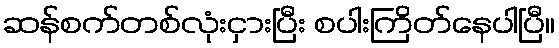
ဆန်စက်တစ်လုံးငှားပြီး စပါးကြိတ်နေပါပြီ။